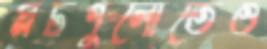
প্লটগুলোতেও